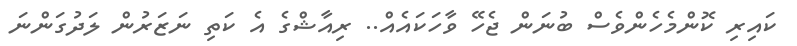
ކައިރި ކޮންމެހެންވެސް ބުނަން ޖެހޭ ވާހަކައެއް.. ރިއާޝްގެ އެ ކަތި ނަޒަރުން ލަދުގަންނަ